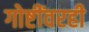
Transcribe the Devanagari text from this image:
गोष्टींवरही